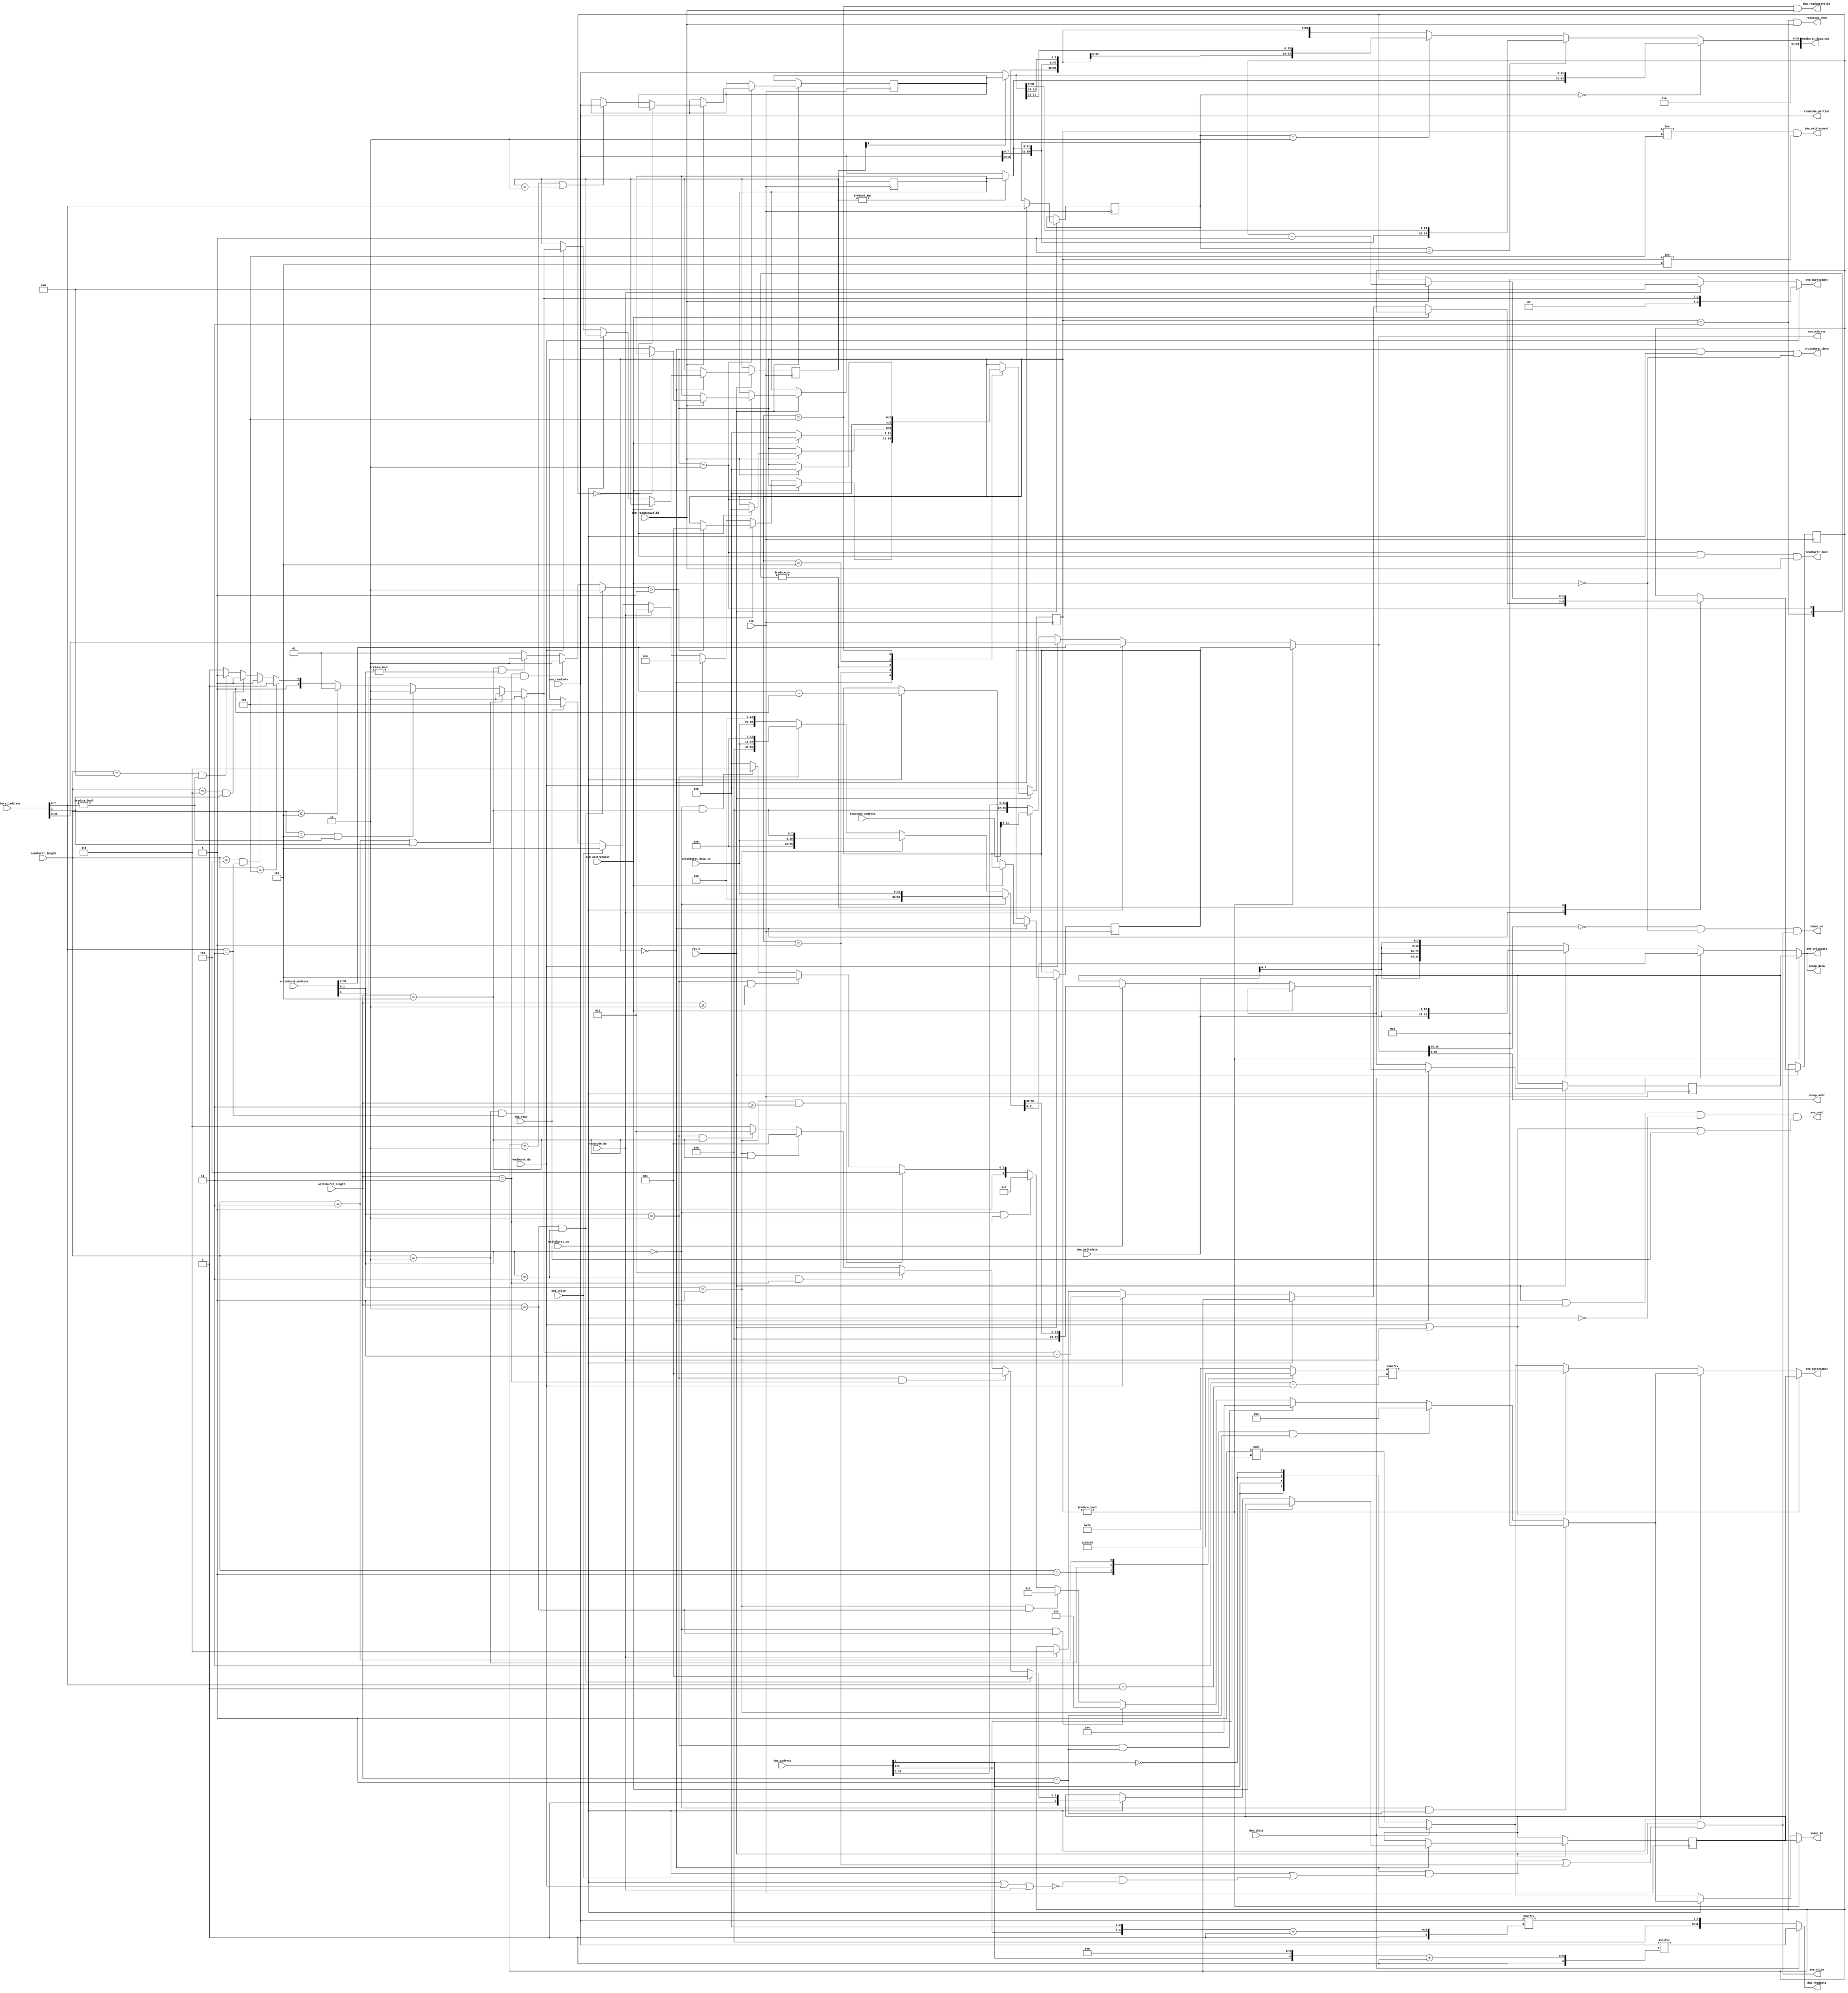
module avalon_mem(
    // global
    input               clk,
    input               rst_n,
    
    //RESP:
    input               writeburst_do,
    output              writeburst_done,
    
    input       [31:0]  writeburst_address,
    input       [2:0]   writeburst_length,
    input       [31:0]  writeburst_data_in,
    //END
    
    //RESP:
    input               readburst_do,
    output              readburst_done,
    
    input       [31:0]  readburst_address,
    input       [3:0]   readburst_length,
    output      [95:0]  readburst_data_out,
    //END
    
    //RESP:
    input               readcode_do,
    output              readcode_done,
    
    input       [31:0]  readcode_address,
    output      [31:0]  readcode_partial,
    //END
    
    output      [27:2]  snoop_addr,
    output      [31:0]  snoop_data,
    output       [3:0]  snoop_be,
    output              snoop_we,

    // avalon master
    output      [31:2]  avm_address,
    output      [31:0]  avm_writedata,
    output      [3:0]   avm_byteenable,
    output      [3:0]   avm_burstcount,
    output              avm_write,
    output              avm_read,
    input               avm_waitrequest,
    input               avm_readdatavalid,
    input       [31:0]  avm_readdata,

    input       [23:0]  dma_address,
    input               dma_16bit,
    input               dma_write,
    input       [15:0]  dma_writedata,
    input               dma_read,
    output      [15:0]  dma_readdata,
    output              dma_readdatavalid,
    output              dma_waitrequest
);

//------------------------------------------------------------------------------

reg [31:0]  bus_0;
reg [31:0]  bus_1;

reg [1:0]   save_readburst;
reg [2:0]   counter;
reg [2:0]   state;

reg [3:0]   byteenable_next;
reg [31:2]  writeaddr_next;
reg [31:0]  writedata_next;

//------------------------------------------------------------------------------

localparam [2:0] STATE_IDLE      = 3'd0;
localparam [2:0] STATE_WRITE     = 3'd1;
localparam [2:0] STATE_READ      = 3'd2;
localparam [2:0] STATE_READ_CODE = 3'd3;
localparam [2:0] STATE_WRITE_DMA = 3'd4;
localparam [2:0] STATE_READ_DMA  = 3'd5;

//------------------------------------------------------------------------------
wire    [1:0]   readburst_dword_length;
wire    [95:0]  readburst_data;
reg     [1:0]   readaddrmux;

assign readburst_dword_length =
    (readburst_length == 4'd2 && readburst_address[1:0] == 2'b11)?   2'd2 :
    (readburst_length == 4'd3 && readburst_address[1]   == 1'b1)?    2'd2 :
    (readburst_length == 4'd4 && readburst_address[1:0] != 2'b00)?   2'd2 :
    (readburst_length <= 4'd4)?                                      2'd1 :
    (readburst_length == 4'd5)?                                      2'd2 :
    (readburst_length == 4'd6 && readburst_address[1:0] == 2'b11)?   2'd3 :
    (readburst_length == 4'd7 && readburst_address[1]   == 1'b1)?    2'd3 :
    (readburst_length == 4'd8 && readburst_address[1:0] != 2'b00)?   2'd3 :
                                                                     2'd2;

assign readburst_data_out =
    (readaddrmux == 2'd0)?     readburst_data[63:0]  :
    (readaddrmux == 2'd1)?     readburst_data[71:8]  :
    (readaddrmux == 2'd2)?     readburst_data[79:16] :
                               readburst_data[87:24];

reg [0:6] len_be;
always @* begin
	case(readburst_length)
            1: len_be = 7'b0001000;
            2: len_be = 7'b0011000;
            3: len_be = 7'b0111000;
		default: len_be = 7'b1111000;
   endcase
end

wire [3:0] read_burst_byteenable = len_be[readburst_address[1:0] +:4];

//------------------------------------------------------------------------------

assign readburst_data = {avm_readdata, ~&save_readburst ? avm_readdata : bus_0, ~save_readburst[1] ? avm_readdata : bus_1};
assign readcode_partial = avm_readdata;

//------------------------------------------------------------------------------

wire    [1:0]   writeburst_dword_length;
wire    [3:0]   writeburst_byteenable_0;
wire    [3:0]   writeburst_byteenable_1;
wire    [55:0]  writeburst_data;

assign writeburst_dword_length =
    (writeburst_length == 3'd2 && writeburst_address[1:0] == 2'b11)?  2'd2 :
    (writeburst_length == 3'd3 && writeburst_address[1]   == 1'b1)?   2'd2 :
    (writeburst_length == 3'd4 && writeburst_address[1:0] != 2'b00)?  2'd2 :
                                                                      2'd1;
                                                
assign writeburst_byteenable_0 =
    (writeburst_address[1:0] == 2'd0 && writeburst_length == 3'd1)?   4'b0001 :
    (writeburst_address[1:0] == 2'd1 && writeburst_length == 3'd1)?   4'b0010 :
    (writeburst_address[1:0] == 2'd2 && writeburst_length == 3'd1)?   4'b0100 :
    (writeburst_address[1:0] == 2'd0 && writeburst_length == 3'd2)?   4'b0011 :
    (writeburst_address[1:0] == 2'd1 && writeburst_length == 3'd2)?   4'b0110 :
    (writeburst_address[1:0] == 2'd0 && writeburst_length == 3'd3)?   4'b0111 :
    (writeburst_address[1:0] == 2'd1 && writeburst_length >= 3'd3)?   4'b1110 :
    (writeburst_address[1:0] == 2'd2 && writeburst_length >= 3'd2)?   4'b1100 :
    (writeburst_address[1:0] == 2'd0 && writeburst_length == 3'd4)?   4'b1111 :
                                                                       4'b1000; //(writeburst_address[1:0] == 2'd3)?

assign writeburst_byteenable_1 =
   (writeburst_address[1:0] == 2'd3 && writeburst_length == 3'd2)?   4'b0001 :
   (writeburst_address[1:0] == 2'd2 && writeburst_length == 3'd3)?   4'b0001 :
   (writeburst_address[1:0] == 2'd3 && writeburst_length == 3'd3)?   4'b0011 :
   (writeburst_address[1:0] == 2'd1 && writeburst_length == 3'd4)?   4'b0001 :
   (writeburst_address[1:0] == 2'd2 && writeburst_length == 3'd4)?   4'b0011 :
                                                                     4'b0111; //(writeburst_address[1:0] == 2'd3 && writeburst_length == 3'd4)? 
                                               
assign writeburst_data =
    (writeburst_address[1:0] == 2'd0)?   { 24'd0, writeburst_data_in[31:0] } :
    (writeburst_address[1:0] == 2'd1)?   { 16'd0, writeburst_data_in[31:0], 8'd0 } :
    (writeburst_address[1:0] == 2'd2)?   { 8'd0,  writeburst_data_in[31:0], 16'd0 } :
                                         {        writeburst_data_in[31:0], 24'd0 };

//------------------------------------------------------------------------------

assign dma_readdata      = dma_16bit ? avm_readdata[{dma_address[1],4'b0000} +:16] : avm_readdata[{dma_address[1:0],3'b000} +:8];
assign dma_waitrequest   = state != STATE_READ_DMA  && state != STATE_WRITE_DMA;
assign dma_readdatavalid = state == STATE_READ_DMA  && avm_readdatavalid;

assign writeburst_done   = state == STATE_IDLE      && writeburst_do && ~avm_waitrequest;
assign readburst_done    = state == STATE_READ      && counter == 3'd0 && avm_readdatavalid;
assign readcode_done     = state == STATE_READ_CODE && avm_readdatavalid;

assign avm_address = 
   (state != STATE_IDLE) ? writeaddr_next :
   writeburst_do         ? writeburst_address[31:2] :
   readburst_do          ? readburst_address[31:2] :
   readcode_do           ? readcode_address[31:2] :
                           dma_address[23:2];

assign avm_writedata  =
   (state != STATE_IDLE) ? writedata_next :
   writeburst_do         ? writeburst_data[31:0] :
   dma_16bit             ? {2{dma_writedata[15:0]}} :
                           {4{dma_writedata[7:0]}};
	
assign avm_byteenable = 
   (state != STATE_IDLE)         ? byteenable_next :
   writeburst_do                 ? writeburst_byteenable_0 : 
   (readburst_do || readcode_do) ? read_burst_byteenable : 
   dma_16bit                     ? {dma_address[1],dma_address[1],~dma_address[1],~dma_address[1]} :
                                   (4'b0001 << dma_address[1:0]);

assign avm_burstcount = 
   readburst_do ? { 2'b0, readburst_dword_length }  :
   readcode_do  ? 4'd8 :
                  4'd1;

wire dma_start = ~(writeburst_do | readburst_do | readcode_do);
assign avm_write = rst_n && ((state == STATE_IDLE && (writeburst_do || (dma_write && dma_start))) || state == STATE_WRITE);
assign avm_read  = rst_n && state == STATE_IDLE && ~writeburst_do && (readburst_do || readcode_do || dma_read);

assign snoop_addr = avm_address[27:2];
assign snoop_data = avm_writedata;
assign snoop_be   =  // does never need read_byte enable
   (state != STATE_IDLE)         ? byteenable_next :
   writeburst_do                 ? writeburst_byteenable_0 : 
   dma_16bit                     ? {dma_address[1],dma_address[1],~dma_address[1],~dma_address[1]} : 
                                   (4'b0001 << dma_address[1:0]);

assign snoop_we   = (!avm_address[31:28] && ~avm_waitrequest && avm_write);

always @(posedge clk) begin
   if(!rst_n) begin
      state           <= STATE_IDLE;
   end
   else begin
		case(state)
      STATE_IDLE:
         begin
            readaddrmux <= readburst_address[1:0];
            if (~avm_waitrequest) begin
               if (writeburst_do) begin
                  if (writeburst_dword_length > 2'd1) begin
                     state        <= STATE_WRITE;
                  end
                  writedata_next  <= { 8'd0, writeburst_data[55:32] };
                  byteenable_next <= writeburst_byteenable_1;
                  writeaddr_next  <= writeburst_address[31:2] + 30'd1;
               end
               else if (readburst_do) begin
                  state          <= STATE_READ;
                  counter        <= readburst_dword_length - 3'd1;
                  save_readburst <= readburst_dword_length;
               end
               else if (readcode_do) begin
                  state   <= STATE_READ_CODE;
                  counter <= 3'd7;
               end
               else if (dma_write) begin
                  state <= STATE_WRITE_DMA;
               end
               else if (dma_read) begin
                  state <= STATE_READ_DMA;
               end
            end
         end

		STATE_WRITE:
         if (~avm_waitrequest) begin
            state <= STATE_IDLE;
         end

		STATE_READ:
         if (avm_readdatavalid) begin
            counter <= counter - 3'd1;
            if(!counter) state <= STATE_IDLE;
            else begin
               if(counter == 3'd2 || save_readburst == 2'd2) bus_1 <= avm_readdata;
               bus_0 <= avm_readdata;
            end
         end

		STATE_READ_CODE:
         if (avm_readdatavalid) begin
            counter <= counter - 3'd1;     
            if(counter == 3'd0) state <= STATE_IDLE;
         end

		STATE_WRITE_DMA:
			begin
				state <= STATE_IDLE;
			end
      
		STATE_READ_DMA:
         if (avm_readdatavalid) begin
				state <= STATE_IDLE;
			end
		endcase
	end
end

endmodule